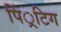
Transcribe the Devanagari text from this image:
पिं्रटिग